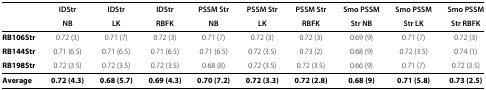
<table><thead><tr><td></td><td><b>IDStr</b></td><td><b>IDStr</b></td><td><b>IDStr</b></td><td><b>PSSM Str</b></td><td><b>PSSM Str</b></td><td><b>PSSM Str</b></td><td><b>Smo PSSM</b></td><td><b>Smo PSSM</b></td><td><b>Smo PSSM</b></td></tr><tr><td></td><td><b>NB</b></td><td><b>LK</b></td><td><b>RBFK</b></td><td><b>NB</b></td><td><b>LK</b></td><td><b>RBFK</b></td><td><b>Str NB</b></td><td><b>Str LK</b></td><td><b>Str RBFK</b></td></tr></thead><tbody><tr><td><b>RB106Str</b></td><td>0.72 (3)</td><td>0.71 (7)</td><td>0.72 (3)</td><td>0.71 (7)</td><td>0.72 (3)</td><td>0.72 (3)</td><td>0.69 (9)</td><td>0.71 (7)</td><td>0.72 (3)</td></tr><tr><td><b>RB144Str</b></td><td>0.71 (6.5)</td><td>0.71 (6.5)</td><td>0.71 (6.5)</td><td>0.71 (6.5)</td><td>0.72 (3.5)</td><td>0.73 (2)</td><td>0.68 (9)</td><td>0.72 (3.5)</td><td>0.74 (1)</td></tr><tr><td><b>RB198Str</b></td><td>0.72 (3.5)</td><td>0.72 (3.5)</td><td>0.72 (3.5)</td><td>0.68 (8)</td><td>0.72 (3.5)</td><td>0.72 (3.5)</td><td>0.66 (9)</td><td>0.71 (7)</td><td>0.72 (3.5)</td></tr><tr><td><b>Average</b></td><td><b>0.72 (4.3)</b></td><td><b>0.68 (5.7)</b></td><td><b>0.69 (4.3)</b></td><td><b>0.70 (7.2)</b></td><td><b>0.72 (3.3)</b></td><td><b>0.72 (2.8)</b></td><td><b>0.68 (9)</b></td><td><b>0.71 (5.8)</b></td><td><b>0.73 (2.5)</b></td></tr></tbody></table>